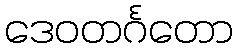
ဒေဝတင်္ဂတော